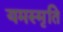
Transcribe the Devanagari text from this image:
यमस्मृति